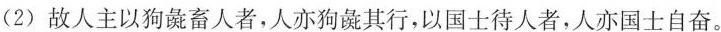
(2)故人主以狗彘畜人者，人亦狗彘其行，以国士待人者，人亦国士自奋。